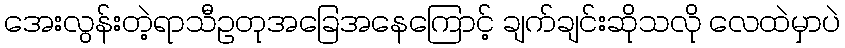
အေးလွန်းတဲ့ရာသီဥတုအခြေအနေကြောင့် ချက်ချင်းဆိုသလို လေထဲမှာပဲ